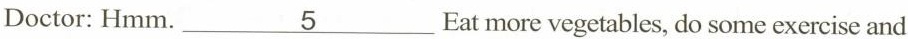
Doctor: Hmm\underline{5} Eat more vegetables, do some exercise and